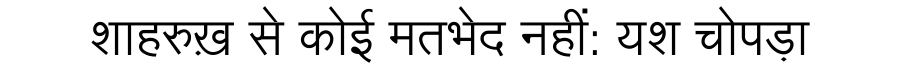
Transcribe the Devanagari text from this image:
शाहरुख़ से कोई मतभेद नहीं: यश चोपड़ा